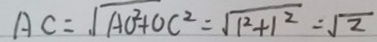
A C = \sqrt { A O ^ { 2 } + O C ^ { 2 } } = \sqrt { 1 ^ { 2 } + 1 ^ { 2 } } = \sqrt { 2 }